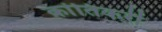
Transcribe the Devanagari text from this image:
क्रांतिकरी